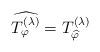
LaTeX: \begin{align*} \widehat{T_\varphi^{(\lambda)}} = T^{(\lambda)}_{\widehat{\varphi}}\end{align*}